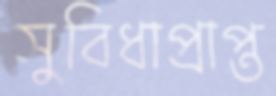
সুবিধাপ্রাপ্ত